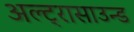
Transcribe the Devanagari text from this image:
अल्ट्रासाउन्ड